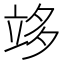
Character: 䇋